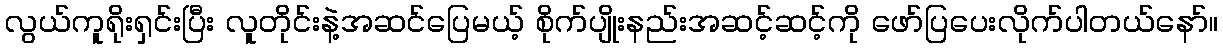
လွယ်ကူရိုးရှင်းပြီး လူတိုင်းနဲ့အဆင်ပြေမယ့် စိုက်ပျိုးနည်းအဆင့်ဆင့်ကို ဖော်ပြပေးလိုက်ပါတယ်နော်။